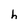
Character: h